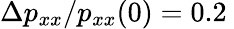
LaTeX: \Delta p_{xx}/p_{xx}(0)=0.2\